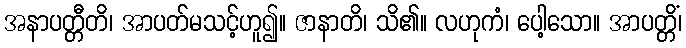
အနာပတ္တီတိ၊ အာပတ်မသင့်ဟူ၍။ ဇာနာတိ၊ သိ၏။ လဟုကံ၊ ပေါ့သော။ အာပတ္တိံ၊